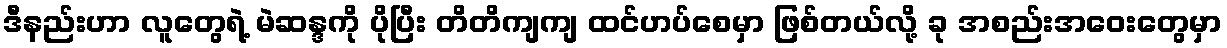
ဒီနည်းဟာ လူတွေရဲ့ မဲဆန္ဒကို ပိုပြီး တိတိကျကျ ထင်ဟပ်စေမှာ ဖြစ်တယ်လို့ ခု အစည်းအဝေးတွေမှာ